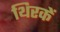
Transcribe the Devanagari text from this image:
थिरकें